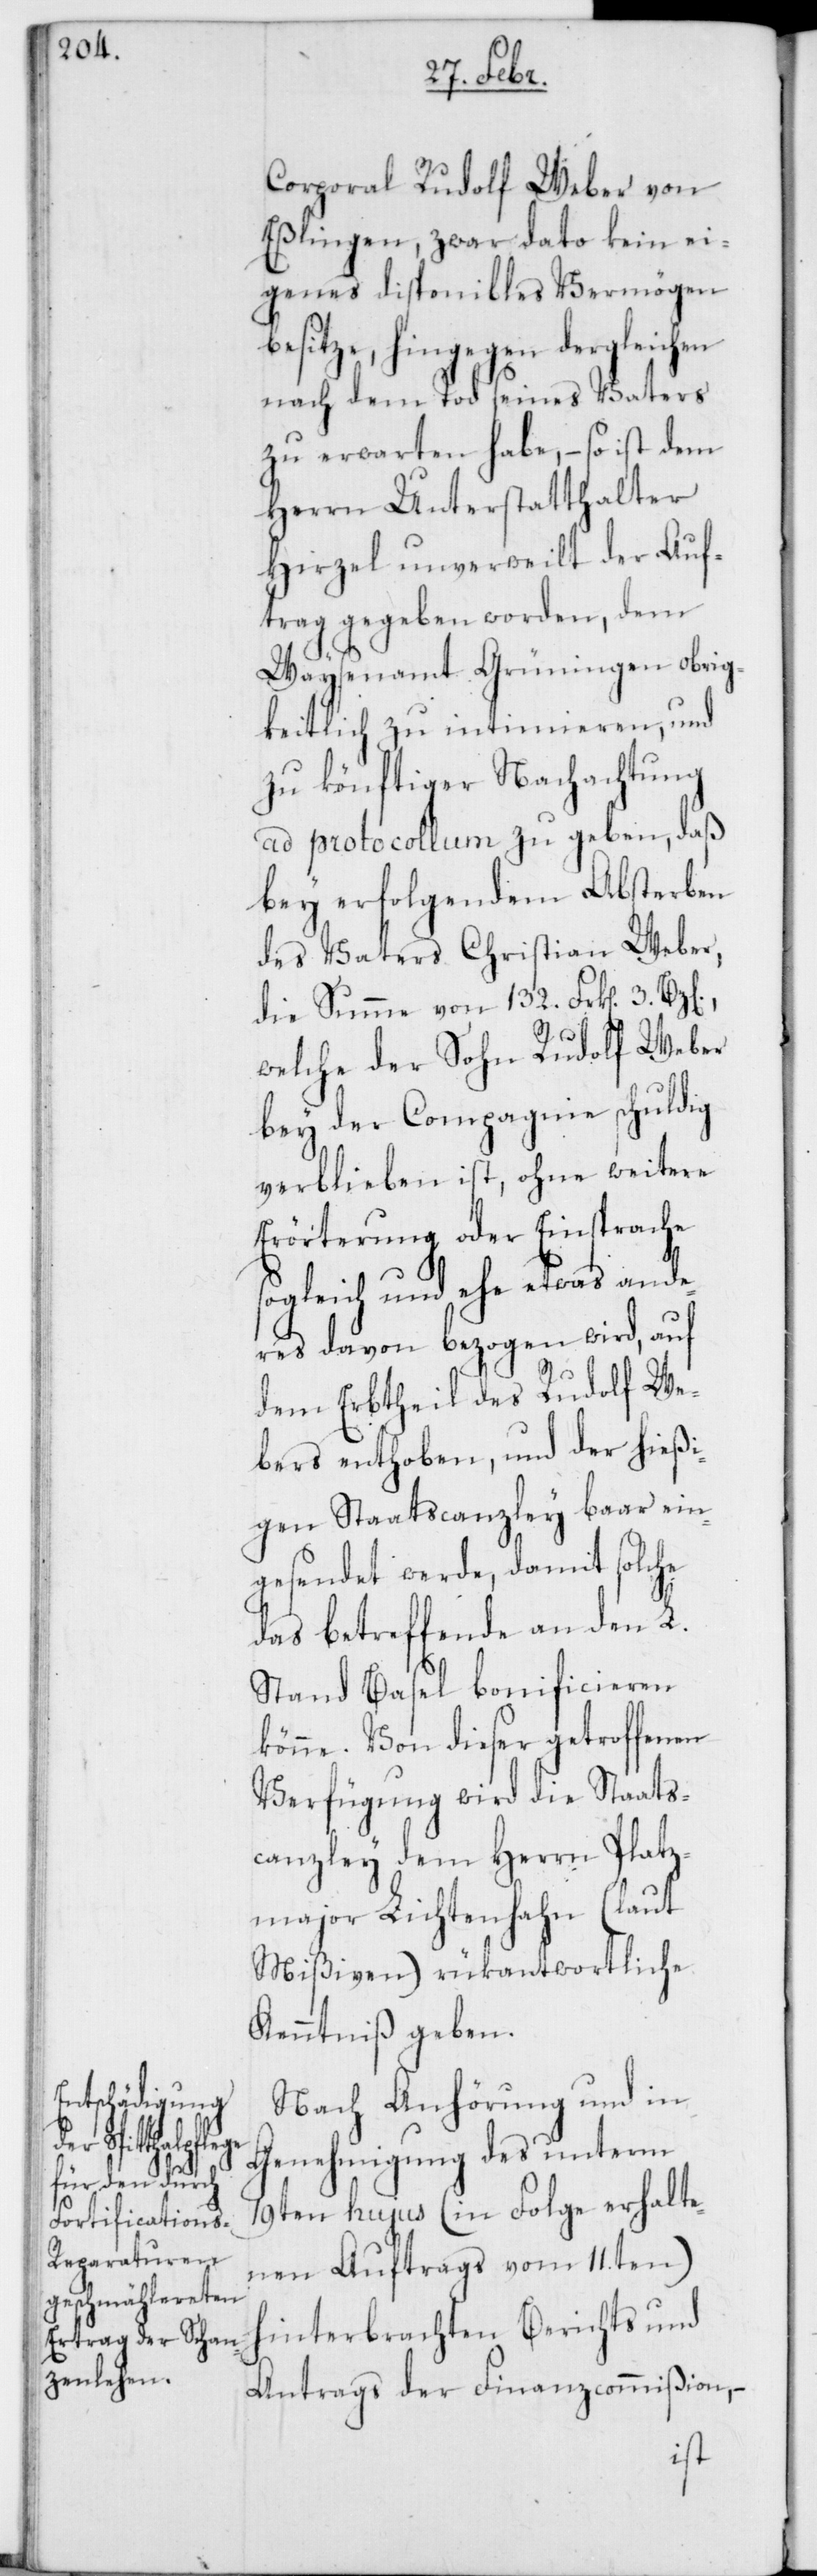
Corporal Rudolf Weber von
Eßlingen, zwar dato kein ei¬
genes disponibles Vermögen
besitze, hingegen dergleichen
nach dem Tod seines Vaters
zu erwarten habe, – so ist dem
Herrn Unterstatthalter
Hirzel unverweilt der Auf¬
trag gegeben worden, dem
Waysenamt Grüningen obrig¬
keitlich zu intimieren, und
zu könftiger Nachachtung
ad protocollum zu geben, daß
bey erfolgendem Absterben
des Vaters Christian Weber,
die Summe von 132. Frk[en]. 3.
welche der Sohn Rudolf Weber
bey der Compagnie schuldig
verblieben ist, ohne weitere
Erörterung oder Einsprache
gleich und ehe etwas and¬
eres davon bezogen wird, auf
dem Erbtheil des Rudolf We¬
bers enthoben, und der hießi¬
gen Staatscanzley baar ein¬
gesendet werde, damit solche
das betreffende an den L.
Stand Basel bonificieren
könne. Von dieser getroffenen
Verfügung wird die Staats¬
canzley dem Herrn Platz¬
major Lichtenhahn (laut
Mißiven) rükantwortliche
Kenntniß geben.
Nach Anhörung und in
Genehmigung des unterm
19ten hujus (in Folge erhalte¬
nen Auftrags vom 11.ten)
hinterbrachten Berichts und
Antrags der Finanzcommißion, –
so¬